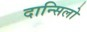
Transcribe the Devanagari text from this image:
दान्सिलो